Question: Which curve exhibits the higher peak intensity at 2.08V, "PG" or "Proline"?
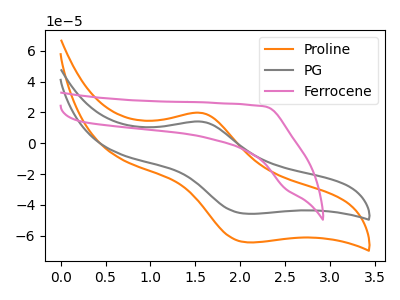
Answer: <think>The orange curve "Proline" has an anodic peak at (1.55V, 19.65uA) and a cathodic peak at (2.10V, -64.30uA). The gray curve "PG" has an anodic peak at (1.55V, 13.95uA) and a cathodic peak at (2.10V, -45.75uA). The pink curve "Ferrocene" has no peaks.</think>
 <answer>The peak at 2.08V is lower in "PG" than in "Proline".</answer>
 <eval>lower</eval>